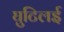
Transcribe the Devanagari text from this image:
घुटिलई